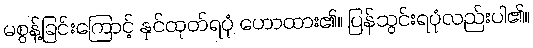
မစွန့်ခြင်းကြောင့် နှင်ထုတ်ရပုံ ဟောထား၏။ ပြန်သွင်းရပုံလည်းပါ၏။